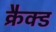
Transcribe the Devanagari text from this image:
क्रैक्ड